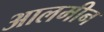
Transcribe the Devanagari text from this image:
आलमीन